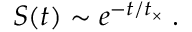
S ( t ) \sim e ^ { - t / t _ { \times } } \; .